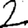
Digit: 2